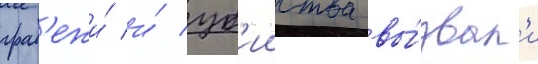
граб'ежи́ и́ уб'ииства вы́звал'и